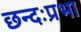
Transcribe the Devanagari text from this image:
छन्दःप्रभा